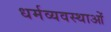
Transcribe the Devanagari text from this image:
धर्मव्यवस्थाओं